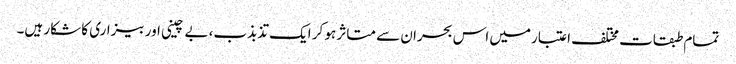
تمام طبقات مختلف اعتبارمیں اس بحران سے متاثر ہو کر ایک تذبذب، بے چینی اور بیزاری کا شکار ہیں۔